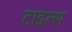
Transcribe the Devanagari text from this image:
टाइल्‍स